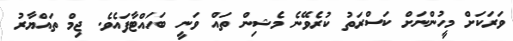
ވަރަކަށް މީހުންނަށް ކަސްރަތު ކުރެވޭނެ މެޝިން ތައް ވަނީ ބަހައްޓާފައެވެ. ޖިމް ތައްޔާރު